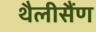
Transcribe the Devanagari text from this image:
थैलीसैंण